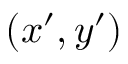
( x ^ { \prime } , y ^ { \prime } )